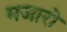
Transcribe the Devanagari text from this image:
मजारो